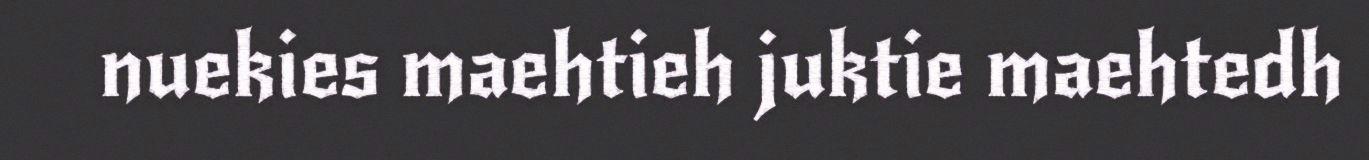
nuekies maehtieh juktie maehtedh